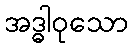
အဒ္ဓါဝုသော